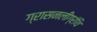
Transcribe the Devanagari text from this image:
ग्रासनलीग्रंथि